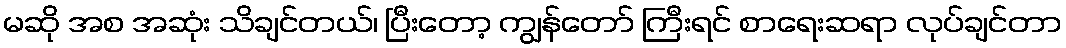
မဆို အစ အဆုံး သိချင်တယ်၊ ပြီးတော့ ကျွန်တော် ကြီးရင် စာရေးဆရာ လုပ်ချင်တာ